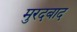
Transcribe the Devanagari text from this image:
मुरदबाद